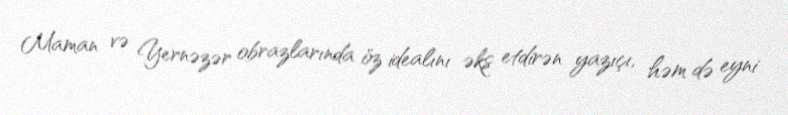
Maman və Yernəzər obrazlarında öz idealını əks etdirən yazıçı, həm də eyni